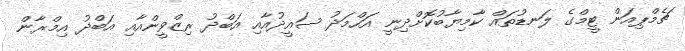
ޗެމްޕިއަން ޓީމްގެ ލަނޑުތައް ކާމިޔާބުކޮށްދިނީ އަހްމަދު ސައީދުއާއި އަބްދު ރިޒްވީންއާއި އަބްދު އިމްރާން